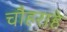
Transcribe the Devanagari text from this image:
चौहराहे